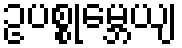
ဥပစ္စုမ္ဘေယျ